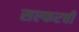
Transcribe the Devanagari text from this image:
सल्फरची